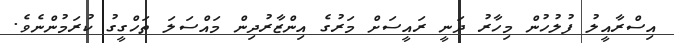
އިސްރާއީލު ފުލުހުން މިހާރު ދަނީ ރައީސަށް މަރުގެ އިންޒާރުދިން މައްސަލަ ތަހްގީގު ކުރަމުންނެވެ.